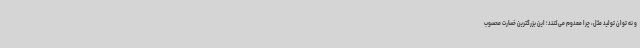
و نه توان تولید مثل، چرا معدوم می‌کنند؛ این بزرگترین خسارت محسوب